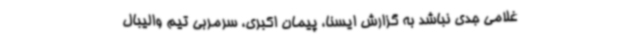
غلامی جدی نباشد به‌ گزارش ایسنا، پیمان اکبری، سرمربی تیم والیبال